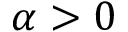
\alpha > 0